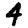
Digit: 4